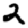
Digit: 2